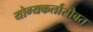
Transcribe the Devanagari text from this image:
योग्यकर्तासोबत